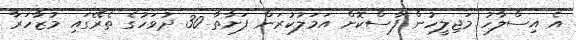
އެ އިސްލާހު މަޖިލީހުން ފާސްކޮށް އަމަލުކުރަން ފަށާތާ 30 ދުވަހުގެ ތެރޭގައި މުޒާހަރާ